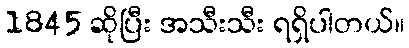
1845 ဆိုပြီး အသီးသီး ရရှိပါတယ်။